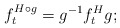
\begin{align*}f_{t}^{H\circ g}=g^{-1}f_{t}^{H}g; \end{align*}